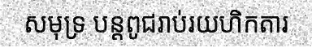
សមុទ្រ បន្តពូជរាប់រយហិកតារ